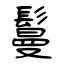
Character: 鬘